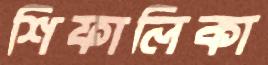
শিফালিকা